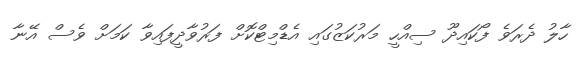
ހާލު ދެރަވެ ފޯކައިދޫ ސިއްހީ މަރުކަޒުގައި އެޑްމިޓްކޮށް ފަރުވާދީފައިވާ ކަމަށް ވެސް އޭނާ